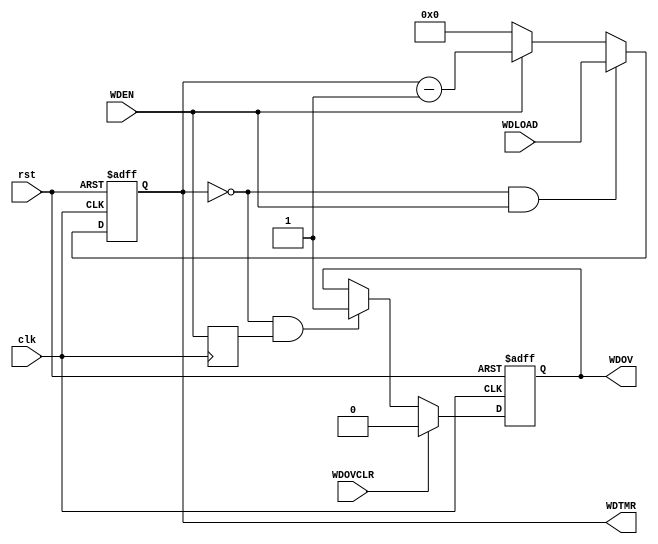
// SPDX-FileCopyrightText: 2020 Mohamed Shalan
//
// Licensed under the Apache License, Version 2.0 (the "License");
// you may not use this file except in compliance with the License.
// You may obtain a copy of the License at
//
//      http://www.apache.org/licenses/LICENSE-2.0
//
// Unless required by applicable law or agreed to in writing, software
// distributed under the License is distributed on an "AS IS" BASIS,
// WITHOUT WARRANTIES OR CONDITIONS OF ANY KIND, either express or implied.
// See the License for the specific language governing permissions and
// limitations under the License.
// SPDX-License-Identifier: Apache-2.0


/*
	A simple 32-bit watchdog timer
	WDTMR	: 32-bit down counter
	WDLOAD	: 32-bit load value
	WDOV	: WD Timer overflow (WDTMR==0)
	TMROVCLR: Control signal to clear the WDOV flag
*/


`timescale 1ns/1ps
`default_nettype none

module WDT32 (
		input wire clk,
		input wire rst,
		output reg [31:0] WDTMR,
		input wire [31:0] WDLOAD,
		output reg WDOV,
		input wire WDOVCLR,
		input wire WDEN
);

	wire	wdov = (WDTMR == 32'd0);
	
	// WDTimer
	always @(posedge clk or posedge rst)
	begin
		if(rst)
			WDTMR <= 32'h0;
		else if(wdov & WDEN)
			WDTMR <= WDLOAD;
		else if(WDEN)
			WDTMR <= WDTMR - 32'd1;
		else if(~WDEN)
		  WDTMR <= 32'h0;
	end
	
	reg wden_p;
	always @(posedge clk) 
	  wden_p <= WDEN;

	always @(posedge clk or posedge rst)
	begin
		if(rst)
			WDOV <= 1'd0;
		else if(WDOVCLR)
			WDOV <= 1'd0;
		else if(wdov & wden_p)
			WDOV <= 1'd1;
	end

endmodule